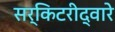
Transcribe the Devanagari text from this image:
सर्किटरीद्वारे